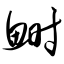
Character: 鲥